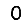
Digit: 0